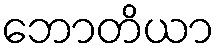
ဘောတိယာ